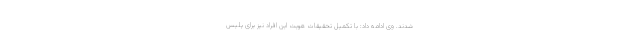
شدند. وی ادامه داد: با تکمیل تحقیقات هویت این افراد نیز برای پلیس